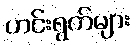
ဟင်းရွက်များ